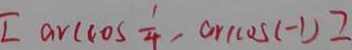
[ \arccos \frac { 1 } { 4 } , \arccos ( - 1 ) ]